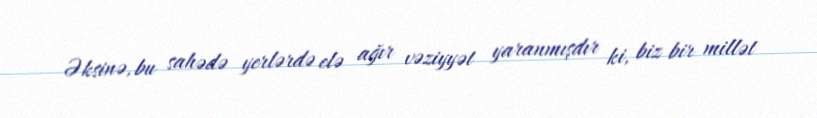
Əksinə, bu sahədə yerlərdə elə ağır vəziyyət yaranmışdır ki, biz bir millət